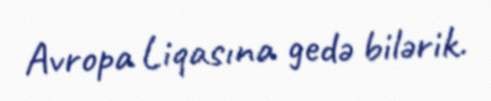
Avropa Liqasına gedə bilərik.